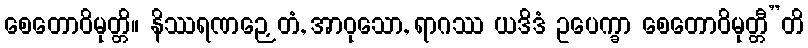
စေတောဝိမုတ္တိ။ နိဿရဏဉှေတံ, အာဝုသော, ရာဂဿ ယဒိဒံ ဥပေက္ခာ စေတောဝိမုတ္တီ”တိ